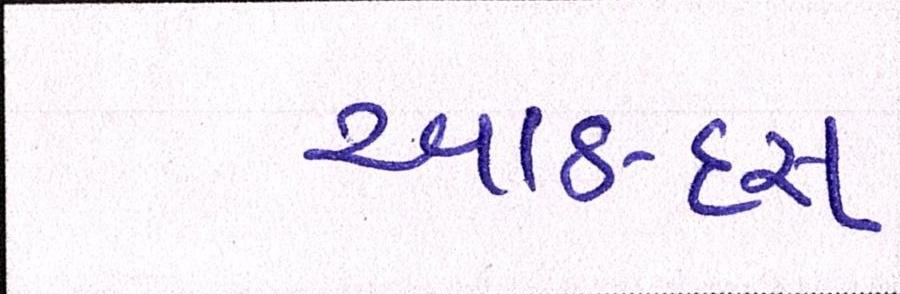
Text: આઠ-દસ